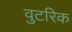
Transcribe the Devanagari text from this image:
वुटरिक